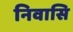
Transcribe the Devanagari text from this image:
निवासि